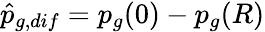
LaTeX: \hat{p}_{g,dif}=p_{g}(0)-p_{g}(R)